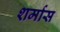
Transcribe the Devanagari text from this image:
शर्मास